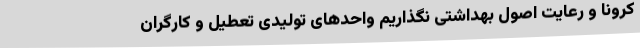
کرونا و رعایت اصول بهداشتی نگذاریم واحدهای تولیدی تعطیل و کارگران